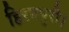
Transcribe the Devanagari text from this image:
हिरनपुरी।